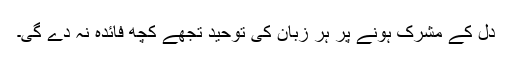
دل کے مشرک ہونے پر ہر زبان کی توحید تجھے کچھ فائدہ نہ دے گی۔